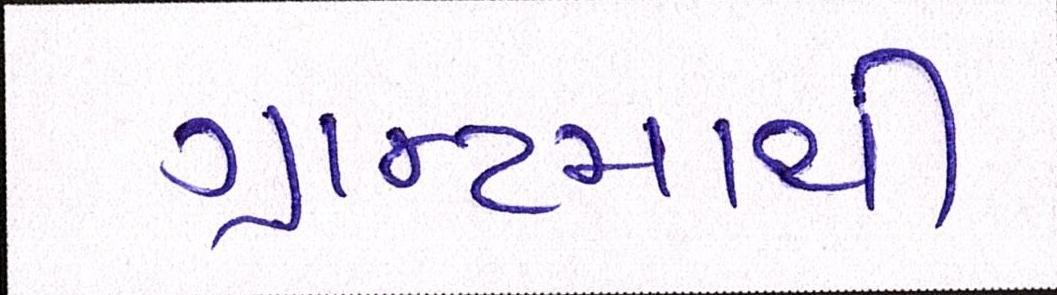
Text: ગ્રાન્ટમાંથી